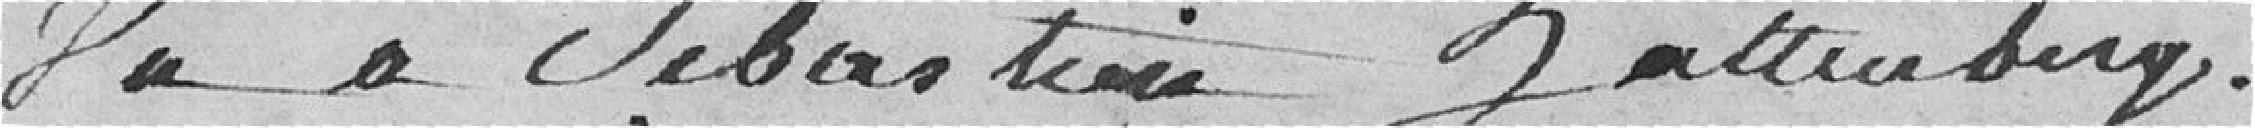
Du à Sébastien Zattenberg